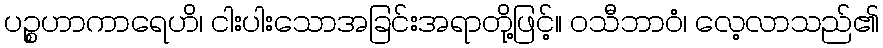
ပဉ္စဟာကာရေဟိ၊ ငါးပါးသောအခြင်းအရာတို့ဖြင့်။ ဝသီဘာဝံ၊ လေ့လာသည်၏